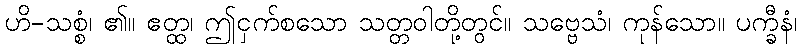
ဟိ-သစ္စံ၊ ၏။ ဧတ္ထ၊ ဤငှက်စသော သတ္တဝါတို့တွင်။ သဗ္ဗေသံ၊ ကုန်သော။ ပက္ခီနံ၊